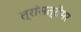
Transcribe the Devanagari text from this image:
त्रांसत्रोमर